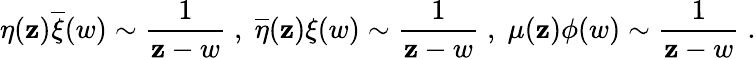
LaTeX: \eta(\mathbf{z})\overline{{{{\xi}}}}(w)\sim\frac{{1}}{{\mathbf{z}-w}}\; ,\; \overline{{{{\eta}}}}(\mathbf{z}){\xi}(w)\sim\frac{{1}}{{\mathbf{z}-w}}\; ,\; \mu(\mathbf{z}){\phi}(w)\sim\frac{{1}}{{\mathbf{z}-w}}\; .